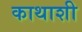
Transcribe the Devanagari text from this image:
काथाशी